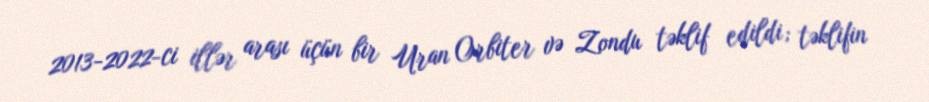
2013-2022-ci illər arası üçün bir Uran Orbiter və Zondu təklif edildi; təklifin